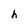
Character: h